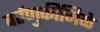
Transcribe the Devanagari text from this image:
वर्तणुकीमिळे